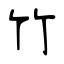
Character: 竹